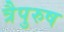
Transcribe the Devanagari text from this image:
त्रैपुरुष